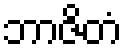
ဘာဇိတံ